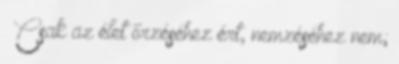
Csak az élet őrzéséhez ért, nemzéséhez nem;